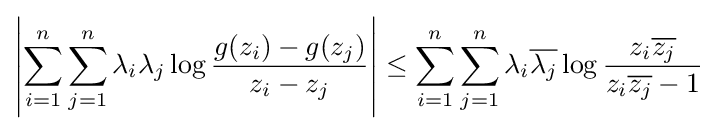
\left|\sum _{i=1}^{n}\sum _{j=1}^{n}\lambda _{i}\lambda _{j}\log {g(z_{i})-g(z_{j}) \over z_{i}-z_{j}}\right|\leq \sum _{i=1}^{n}\sum _{j=1}^{n}\lambda _{i}{\overline {\lambda _{j}}}\log {z_{i}{\overline {z_{j}}} \over z_{i}{\overline {z_{j}}}-1}